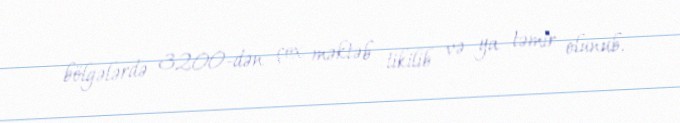
bölgələrdə 3200-dən çox məktəb tikilib və ya təmir olunub.